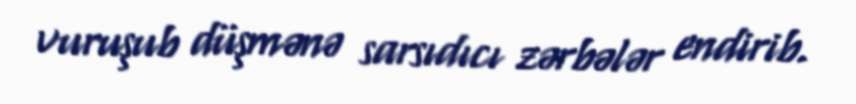
vuruşub düşmənə sarsıdıcı zərbələr endirib.